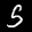
Label: 5